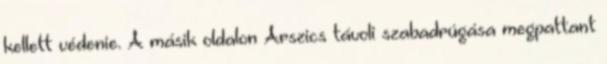
kellett védenie. A másik oldalon Arszics távoli szabadrúgása megpattant